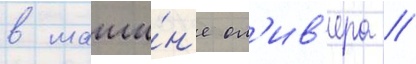
в маши́н'е ол'ив'ера //